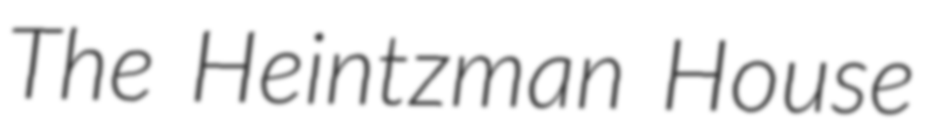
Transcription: The Heintzman House